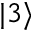
| 3 \rangle